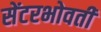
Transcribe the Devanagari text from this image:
सेंटरभोवती